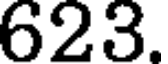
623.